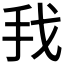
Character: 𰓂